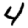
Digit: 4